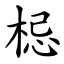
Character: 梞